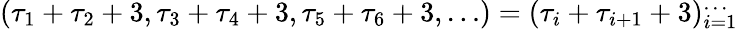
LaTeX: (\tau_{1}+\tau_{2}+3,\tau_{3}+\tau_{4}+3,\tau_{5}+\tau_{6}+3,\dots)=(\tau_{i}+\tau_{i+1}+3)_{i=1}^{\dots}